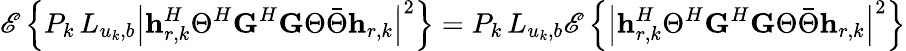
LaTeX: \mathscr{E}\left\{ P_{k}\, L_{u_{k},b}\left|\mathbf{h}_{r,k}^{H}\Theta^{H}\mathbf{G}^{H}\mathbf{G}\Theta\bar{\Theta}\mathbf{h}_{r,k}\right|^{2}\right\} =P_{k}\, L_{u_{k},b}\mathscr{E}\left\{ \left|\mathbf{h}_{r,k}^{H}\Theta^{H}\mathbf{G}^{H}\mathbf{G}\Theta\bar{\Theta}\mathbf{h}_{r,k}\right|^{2}\right\}